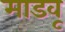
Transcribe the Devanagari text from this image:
माडवू